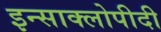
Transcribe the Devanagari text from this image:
इन्साक्लोपीदी